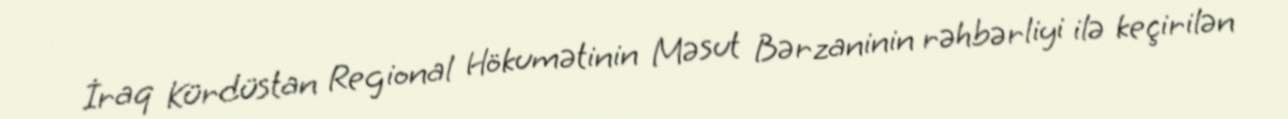
İraq Kürdüstan Regional Hökumətinin Məsut Bərzaninin rəhbərliyi ilə keçirilən